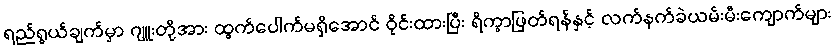
ရည်ရွယ်ချက်မှာ ဂျူးတို့အား ထွက်ပေါက်မရှိအောင် ဝိုင်းထားပြီး ရိက္ခာဖြတ်ရန်နှင့် လက်နက်ခဲယမ်းမီးကျောက်များ